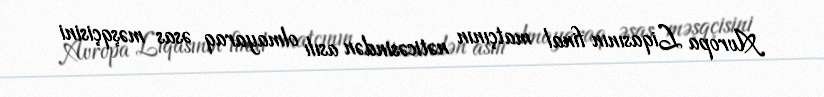
Avropa Liqasının final matçının nəticəsindən asılı olmayaraq əsas məşqçisini